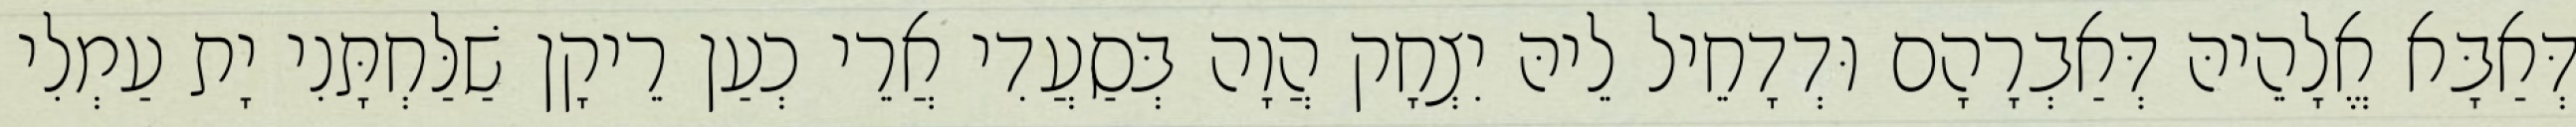
דְּאַבָּא אֱלָהֵיהּ דְּאַבְרָהָם וּדְדָחֵיל לֵיהּ יִצְחָק הֲוָה בְּסַעֲדִי אֲרֵי כְעַן רֵיקָן שַׁלַּחְתָּנִי יָת עַמְלִי